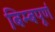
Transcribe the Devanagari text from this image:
बिम्बपूर्ण